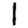
Digit: 1